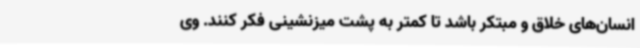
انسان‌های خلاق و مبتکر باشد تا کمتر به پشت میزنشینی فکر کنند. وی